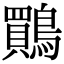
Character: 鷶